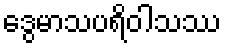
ဒွေမာသပရိဝါသဿ